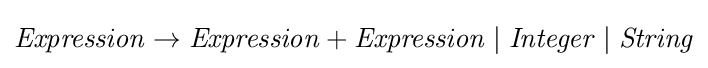
{\mathit {Expression}}\rightarrow {\mathit {Expression}}+{\mathit {Expression}}\mid {\mathit {Integer}}\mid {\mathit {String}}